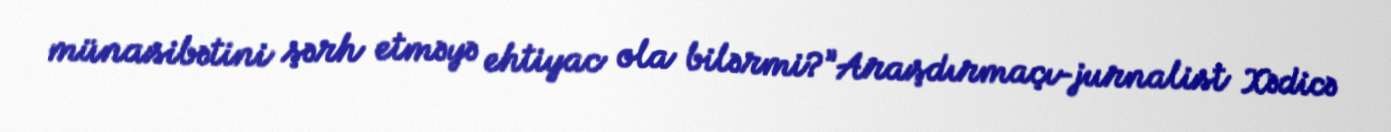
münasibətini şərh etməyə ehtiyac ola bilərmi?”Araşdırmaçı-jurnalist Xədicə